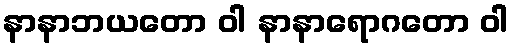
နာနာဘယတော ဝါ နာနာရောဂတော ဝါ